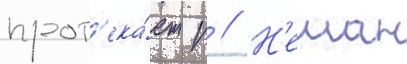
прот'ека́ет р // Н'еман